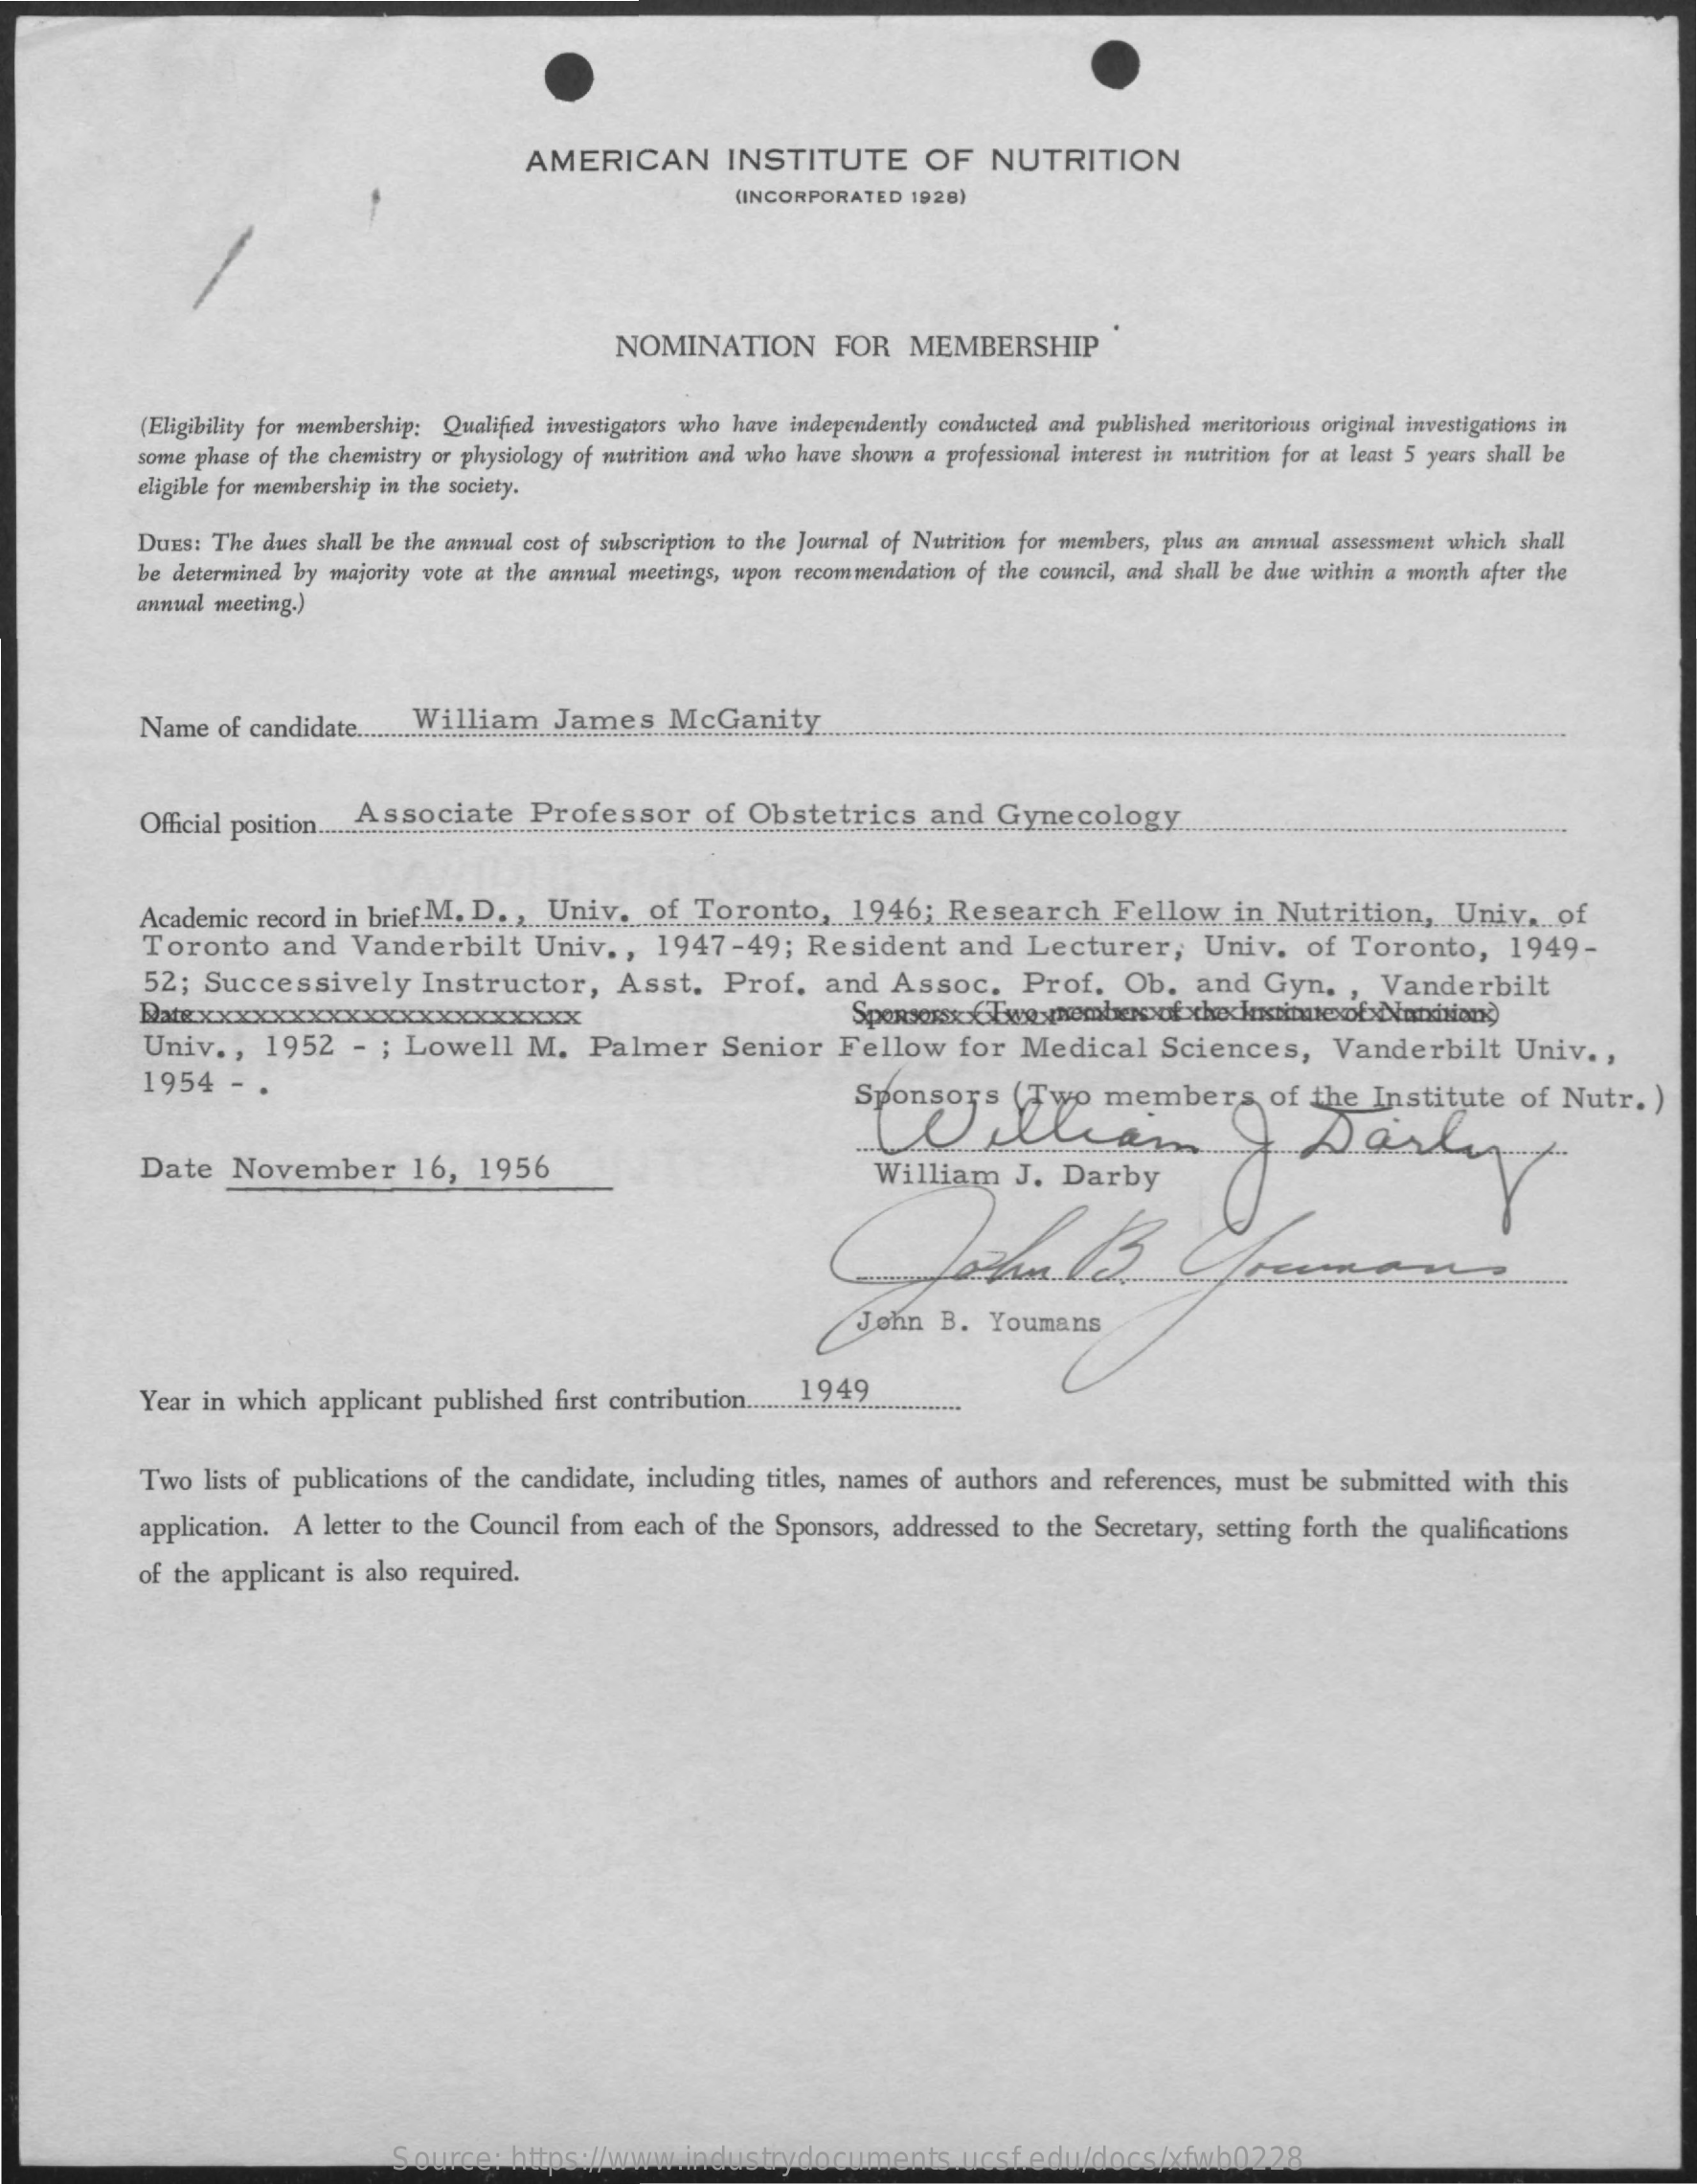
AMERICAN    INSTITUTE    OF    NUTRITION
     (INCORPORATED  1928)
     NOMINATION    FOR    MEMBERSHIP
     (Eligibility for membership: Qualified investigators who have independently conducted and published meritorious original investigations in
     some phase of the chemistry or physiology of nutrition and who have shown a professional interest in nutrition for at least 5 years shall be
     eligible for membership in the society.
     DUES: The  dues shall be the annual cost of subscription to the Journal of Nutrition for members, plus an annual assessment which shall
     be determined by majority vote at the annual meetings, upon recommendation of the council, and shall be due within a month after the
     annual meeting.)
     Name   of candidate ......................... William James McGanity
     Official position ..... . Associate Professor   of  Obstetrics    and   Gynecology
     ..................
     Academic  record in brief.M. D .,   Univ.   of  Toronto,    1946;   Research    Fellow    in  Nutrition,    Univ.    of
     Toronto    and    Vanderbilt    Univ   .,  1947-49;    Resident    and   Lecturer,    Univ.    of  Toronto,    1949-
     52;  Successively    Instructor,    Asst.    Prof.    and  Assoc.    Prof.   Ob.    and   Gyn.   ,  Vanderbilt
     Univ  .,  1952    - ; Lowell    M.   Palmer    Senior    Fellow    for  Medical    Sciences,    Vanderbilt    Univ   .,
     1954   - .    Sponsors    (Two    members    of  the  Institute    of Nutr.   )
     Date   November    16,   1956
     .....
     William    J.  Darby
     ...............
     John   B.   Youmans
     Year  in which  applicant published first contribution ...................
     1949
     Two   lists of publications of the candidate, including titles, names of authors and references, must be submitted with  this
     application. A  letter to the Council from each of the Sponsors, addressed  to the Secretary, setting forth the qualifications
     of the applicant is also required.
     Source:   https://www.industrydocuments.ucsf.edu/docs/xfwb0228